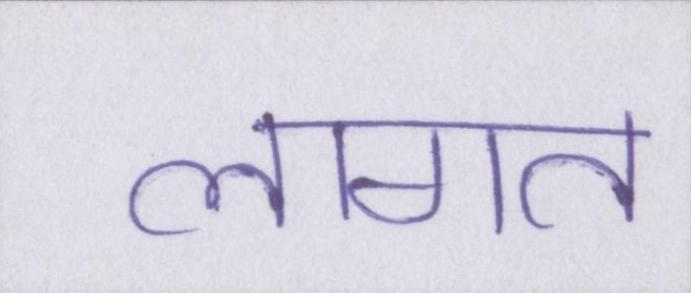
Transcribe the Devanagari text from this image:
लागत